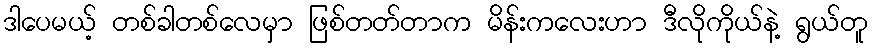
ဒါပေမယ့် တစ်ခါတစ်လေမှာ ဖြစ်တတ်တာက မိန်းကလေးဟာ ဒီလိုကိုယ်နဲ့ ရွယ်တူ